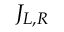
J _ { L , R }